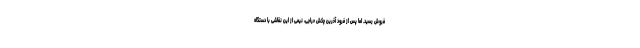
فروش رسید. اما پس از فرود آخرین چکش حراجی، نیمی از این نقاشی با دستگاه